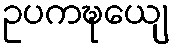
ဥပကဍ္ဎေယျ